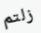
زلتم